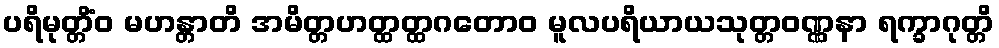
ပရိမုတ္တိံဝ မဟန္တာတိ အမိတ္တဟတ္ထတ္ထဂတောဝ မူလပရိယာယသုတ္တဝဏ္ဏနာ ရက္ခာဂုတ္တိ